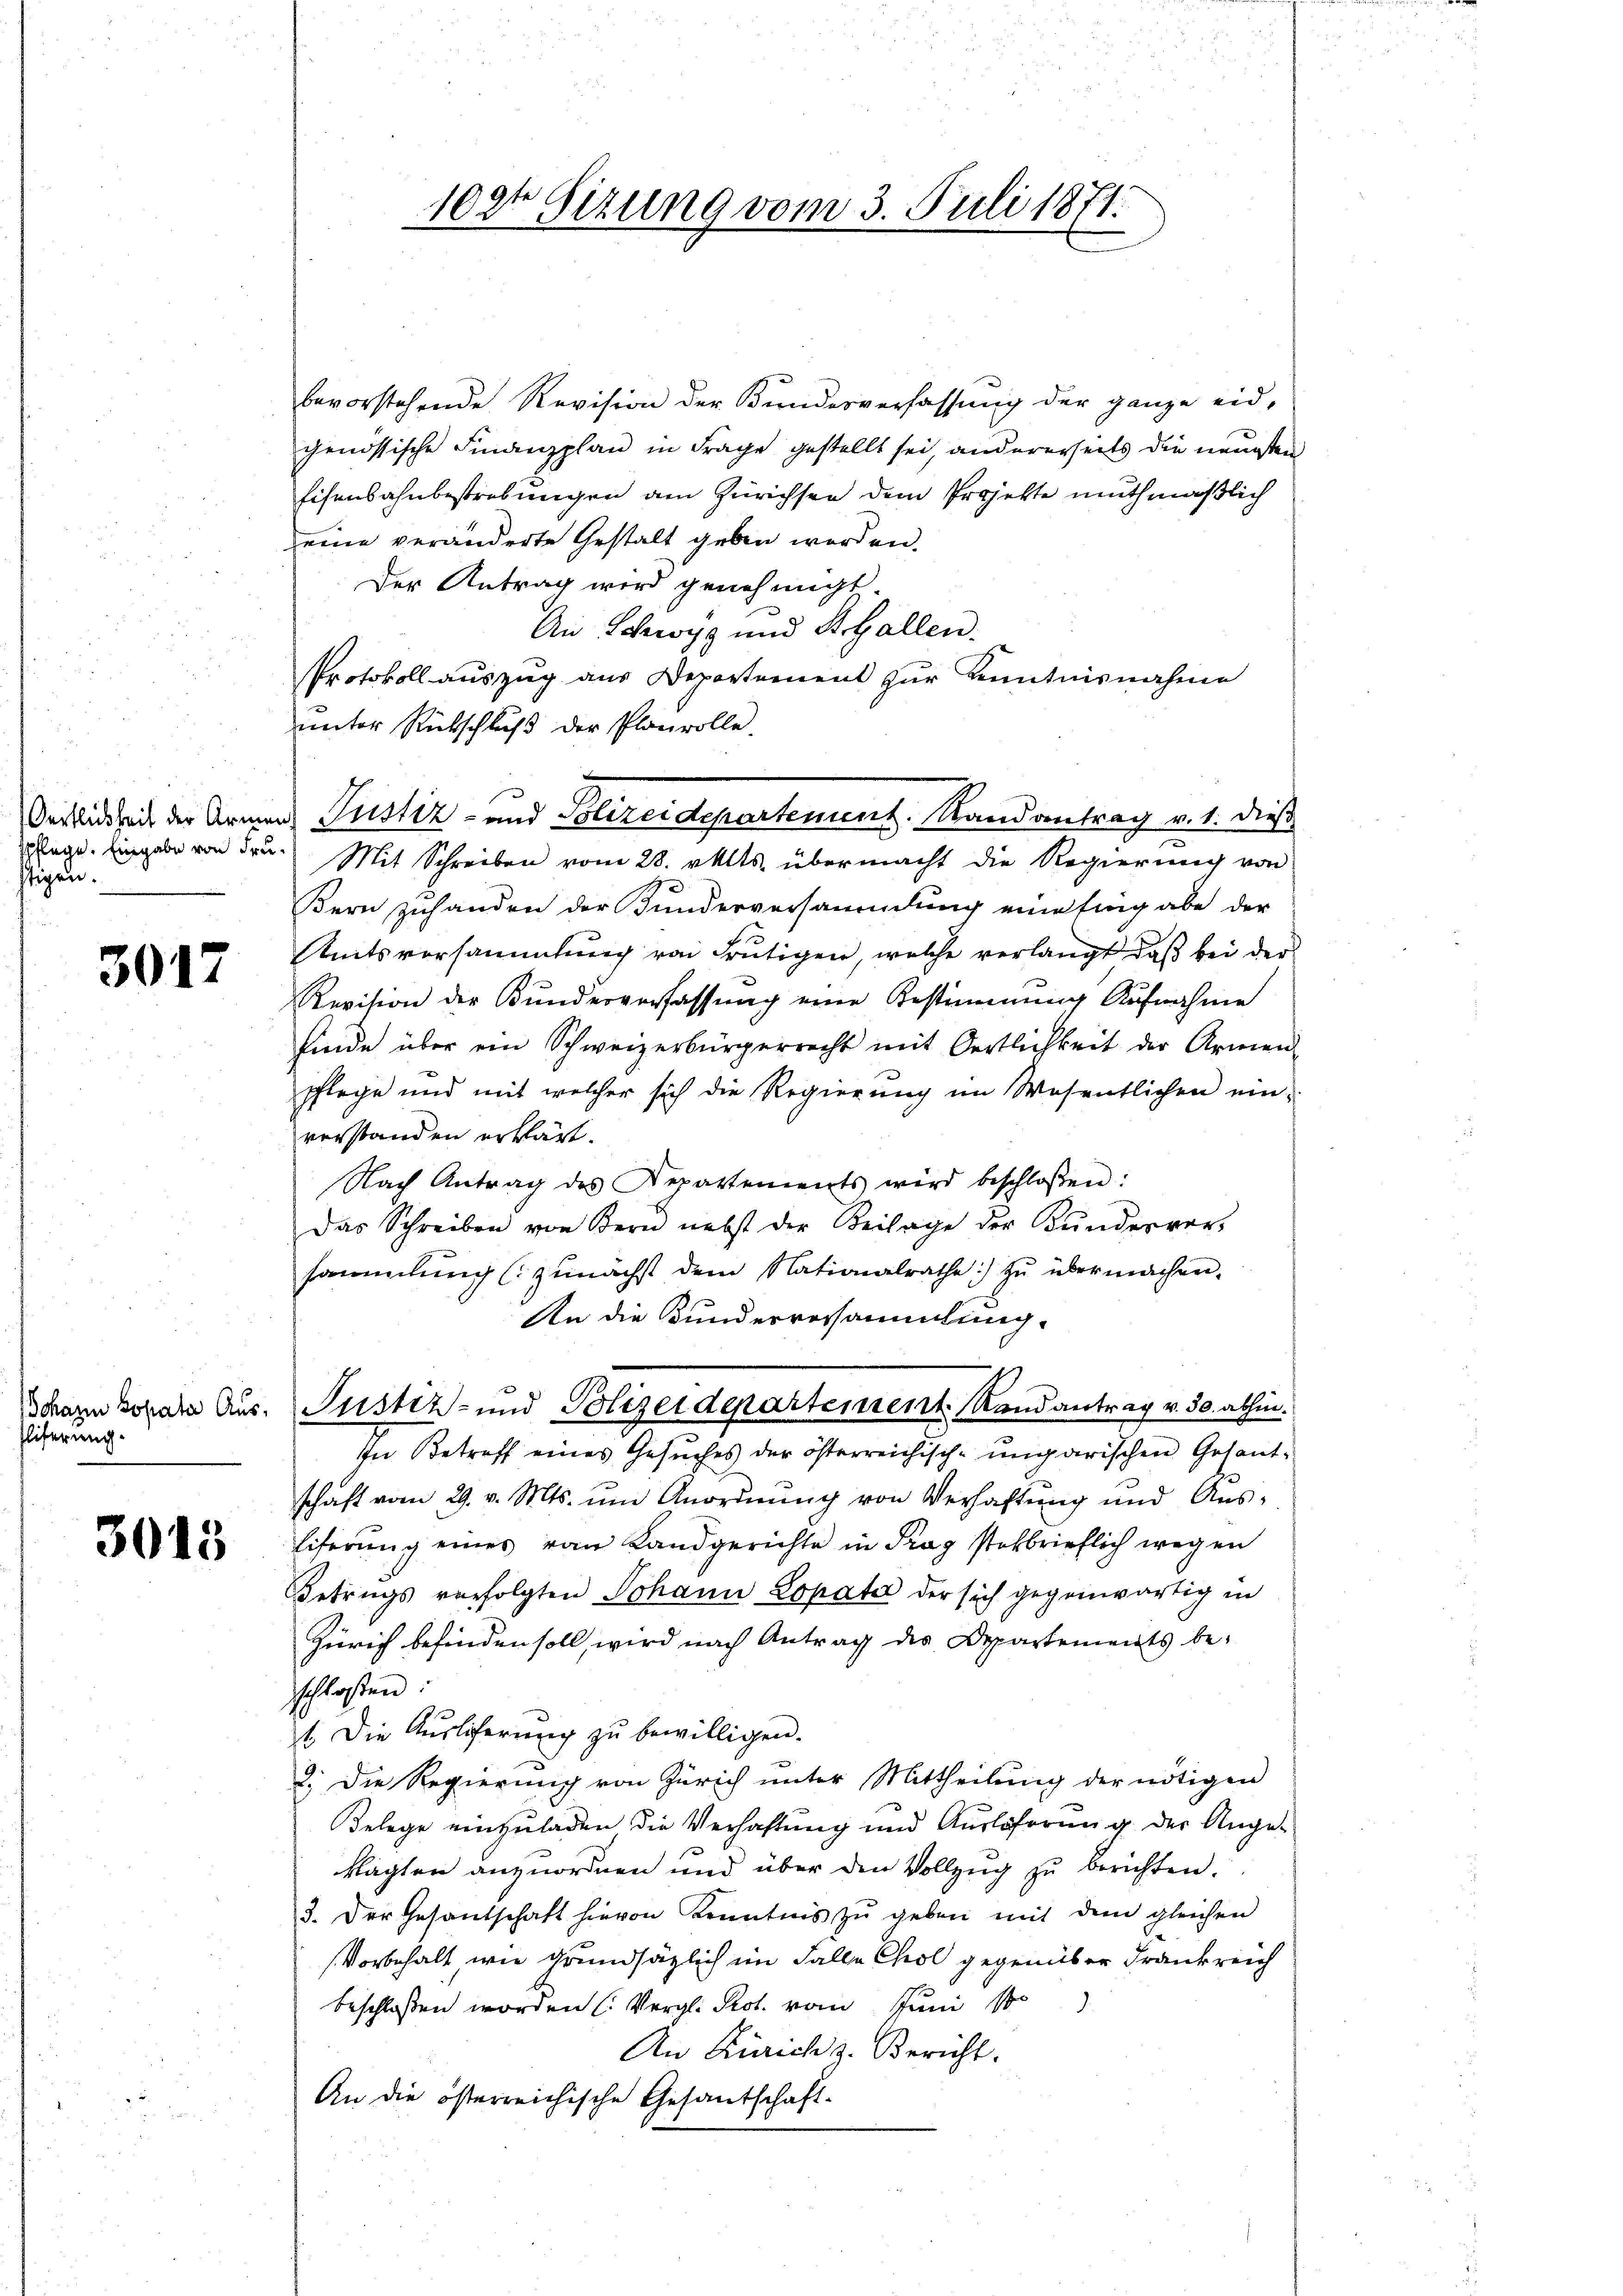
stigen.

3017

Eliferung.

3045

bevorstehende Revision der Bundesverfassung der ganze eid-
genössische Finanzplan in Frage gestellt sei, andererseits die neuesten
Eisenbahnbestrebungen am Zürichsen dem Projekte muthmaßlich
eine veränderte Gestalt geben worden.
Der Antrag wird genehmigt.
An Schwyz und St. Gallen.
Protokoll auszug aus Departement zŭr Kenntnisnahme
unter Rückschluß der Planvolle.
glege. Eingabe von den Mit Schreiben vom 28. vatts. übermacht die Regierung von
Bern zuhanden der Kunderversammlung einfing abe der
Amtsvorsammlung von Frutigen, welche verlangt, daß bei der
Revision der Kundesverfassung eine Bestimmung Aufnahme
finde über ein Schweizerbürgerrecht mit Oertlichkeit der Armen-
pflege und mit welcher sich die Regierung im Wesentlichen ein-
verstanden erklärt.
Nach Antrag des Repartements wird beschlossen:
Das Schreiben von Bern nebst der Beilage der Bunderver-
sammlung (zunächst dem Nationalrathe zŭ übermachen.
An die Bunderversammlung.
Schan Lokale Aus- Justiz- und Polizeidepartement Randantrag v. 30. abhin.
In Betreff eines Gesuches der österreichisch-ungarischen Gesant-
schaft vom 29. v. Mts. ŭm Anordnŭng von Verhaftung und Aus¬
Eiterung eines von Landgerichte in Prag stokbrieflich wegen
Betrugs verfolgten Johann Lopata der sich gegenwärtig in
Zürich befinden soll, wird nach Antrag des Departements be-
schloßen:
t. Die Ausliferung zu bewilligen.
2. Die Regierung von Zürich unter Mittheilung der nötigen
Belege einzuladen die Verhaftung und Auslöserung der Angeklagten anzuordnen und über den Vollzug zu berichten.
3. Der Gesantschaft hievon Kenntnis zŭ geben mit dem gleichen
Vorbehalt wie grundsätzlich im Falle Chol gegenüber Frankreich
beschloßen worden (Vergl. Prot. vom Juni so
An Zürich z. Bericht.
An die österreichische Gesantschaft-

102t Sitzung vom 3. Juli 1871.

Oerlichkeit der Armens Justiz- und Polizeidepartement. Randantrag v. 1. dieß